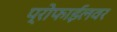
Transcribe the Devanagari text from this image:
प्रोफाईलवर